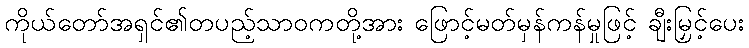
ကိုယ်တော်အရှင်၏တပည့်သာဝကတို့အား ဖြောင့်မတ်မှန်ကန်မှုဖြင့် ချီးမြှင့်ပေး